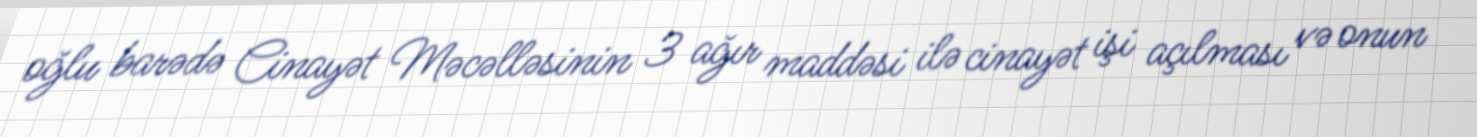
oğlu barədə Cinayət Məcəlləsinin 3 ağır maddəsi ilə cinayət işi açılması və onun